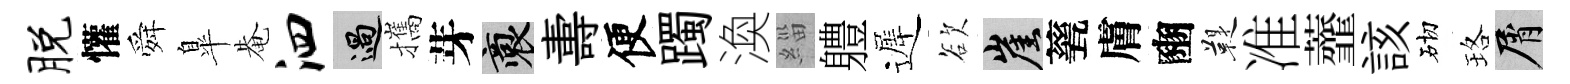
脱懽舜臯𤲅泗過攜芽裔夀便躅渙緇軆遲欲崖甆膚豳鞮准虀該砌珞屑